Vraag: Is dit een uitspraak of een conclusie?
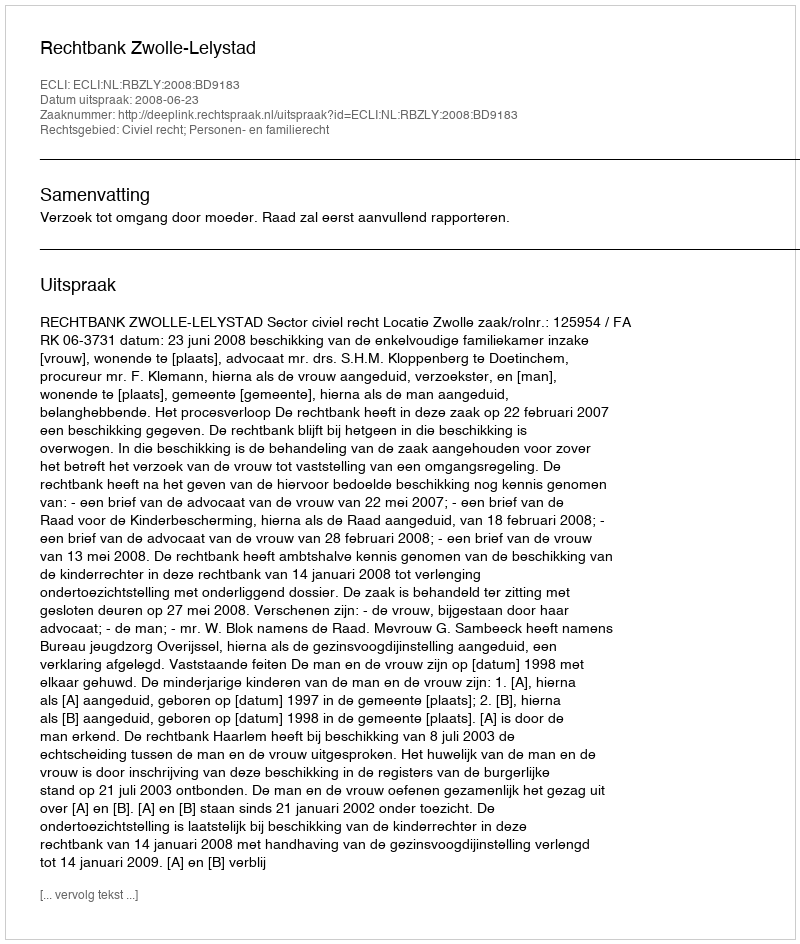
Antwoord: Uitspraak